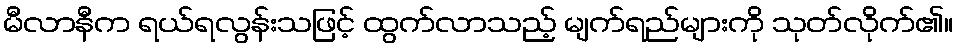
မီလာနီက ရယ်ရလွန်းသဖြင့် ထွက်လာသည့် မျက်ရည်များကို သုတ်လိုက်၏။